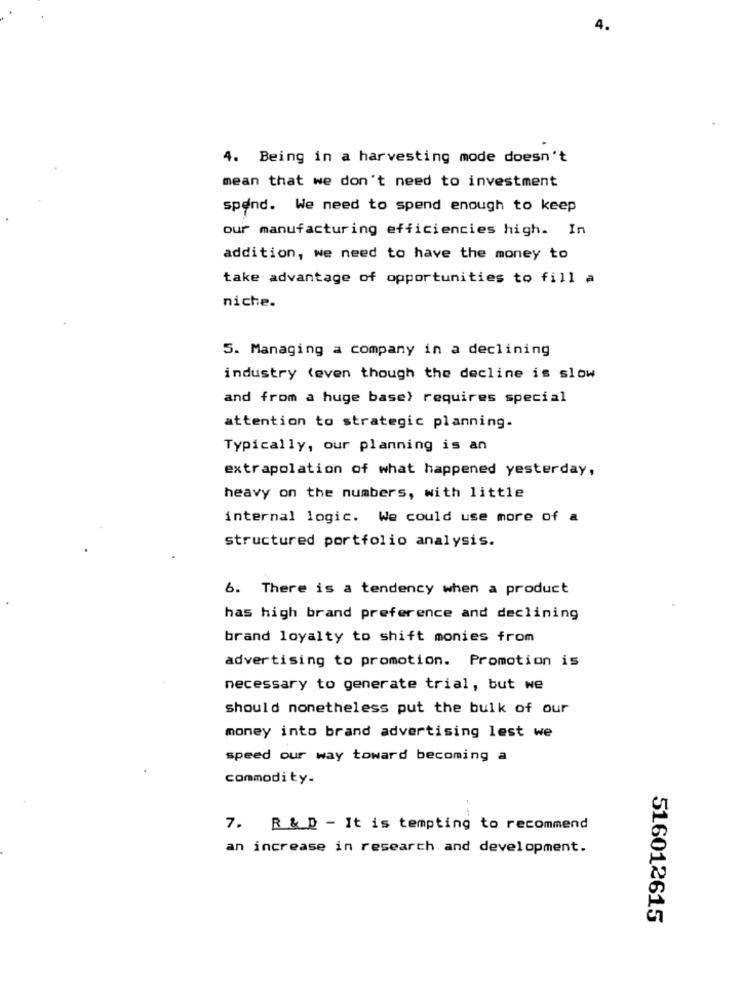
4.
4. Being in a harvesting mode doesn't
mean that we don't need to investment
spend. We need to spend enough to keep
our manufacturing efficiencies high. In
addition, we need to have the money to
take advantage of opportunities to fill a
niche.
5. Managing a company in a declining
industry (even though the decline is slow
and from a huge base) requires special
attention to strategic planning.
Typically, our planning is an
extrapolation of what happened yesterday,
heavy on the numbers, with little
internal logic. We could use more of a
structured portfolio analysis.
6. There is a tendency when a product
has high brand preference and declining
brand loyalty to shift monies from
advertising to promotion. Promotion is
necessary to generate trial, but we
should nonetheless put the bulk of our
money into brand advertising lest we
speed our way toward becoming a
commodity.
7. R & D - It is tempting to recommend
an increase in research and development.
516012615